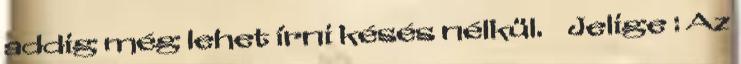
addig még lehet írni késés nélkül. Jelige : Az